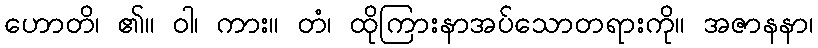
ဟောတိ၊ ၏။ ဝါ၊ ကား။ တံ၊ ထိုကြားနာအပ်သောတရားကို။ အဇာနနာ၊